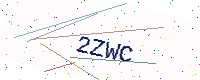
Text: 2ZWC